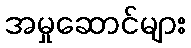
အမှုဆောင်များ